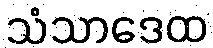
သံသာဒေထ